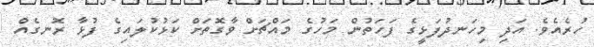
ހުރެއެވެ. އަދި މިހަނދުފަޅީގެ ފަހަތުން މަހުގެ މައްޗަށް ވާގޮތަށް ކަޅުކުލައިގެ ފުޅާ ރޮނގެއް